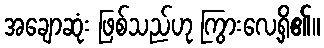
အချောဆုံး ဖြစ်သည်ဟု ကြွားလေ့ရှိ၏။